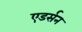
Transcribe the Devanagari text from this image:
एडर्सन